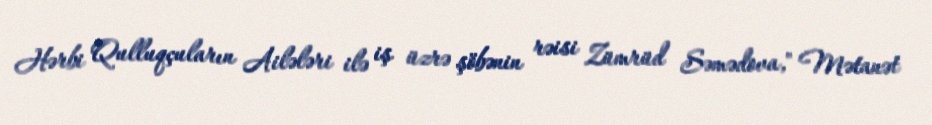
Hərbi Qulluqçuların Ailələri ilə iş üzrə şöbənin rəisi Zümrüd Səmədova," Mətanət